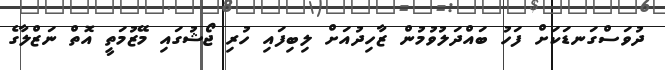
ދުވަސްގަނޑަކަށް ފަހު ބައްދަލުވުމުން ޒާހިދުއަށް ލިބިފައި ހުރި ޖޯޝުގައި މޭޒުމަތީ އޮތް ނަޒްލާގެ